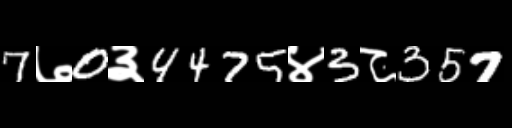
Text: 7७0३4475४3८357